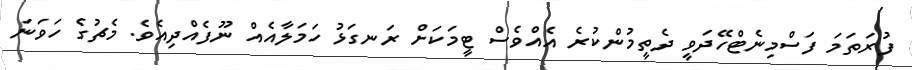
ފުރަތަމަ ފަސްމިނެޓްހޭދަވީ ދެތީމުންކުރެ އެއްވެސް ޓީމަކަށް ރަނގަޅު ހަމަލާއެއް ނޫފެއްދިއެވެ. މެޗުގެ ހަވަނަ